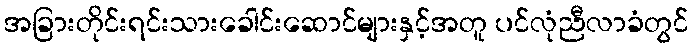
အခြားတိုင်းရင်းသားခေါင်းဆောင်များနှင့်အတူ ပင်လုံညီလာခံတွင်